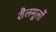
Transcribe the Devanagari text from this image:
शैलमूलों